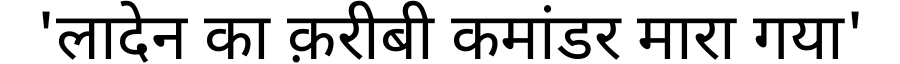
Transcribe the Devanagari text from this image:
'लादेन का क़रीबी कमांडर मारा गया'